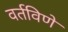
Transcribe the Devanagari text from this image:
वर्तविणे